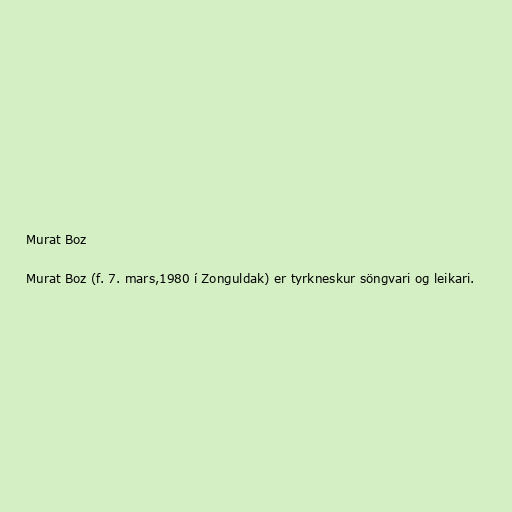
Murat Boz

Murat Boz (f. 7. mars,1980 í Zonguldak) er tyrkneskur söngvari og leikari.